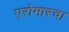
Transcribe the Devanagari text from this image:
एरोमारचा